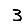
Digit: 3